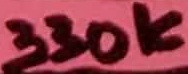
Text: 330K